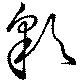
彩